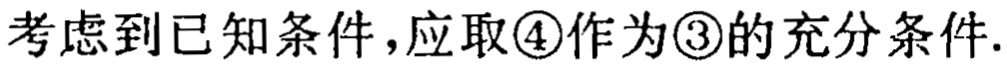
考虑到已知条件，应取\textcircled{4}作为\textcircled{3}的充分条件.